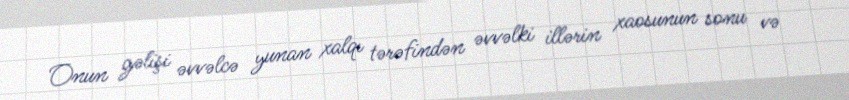
Onun gəlişi əvvəlcə yunan xalqı tərəfindən əvvəlki illərin xaosunun sonu və